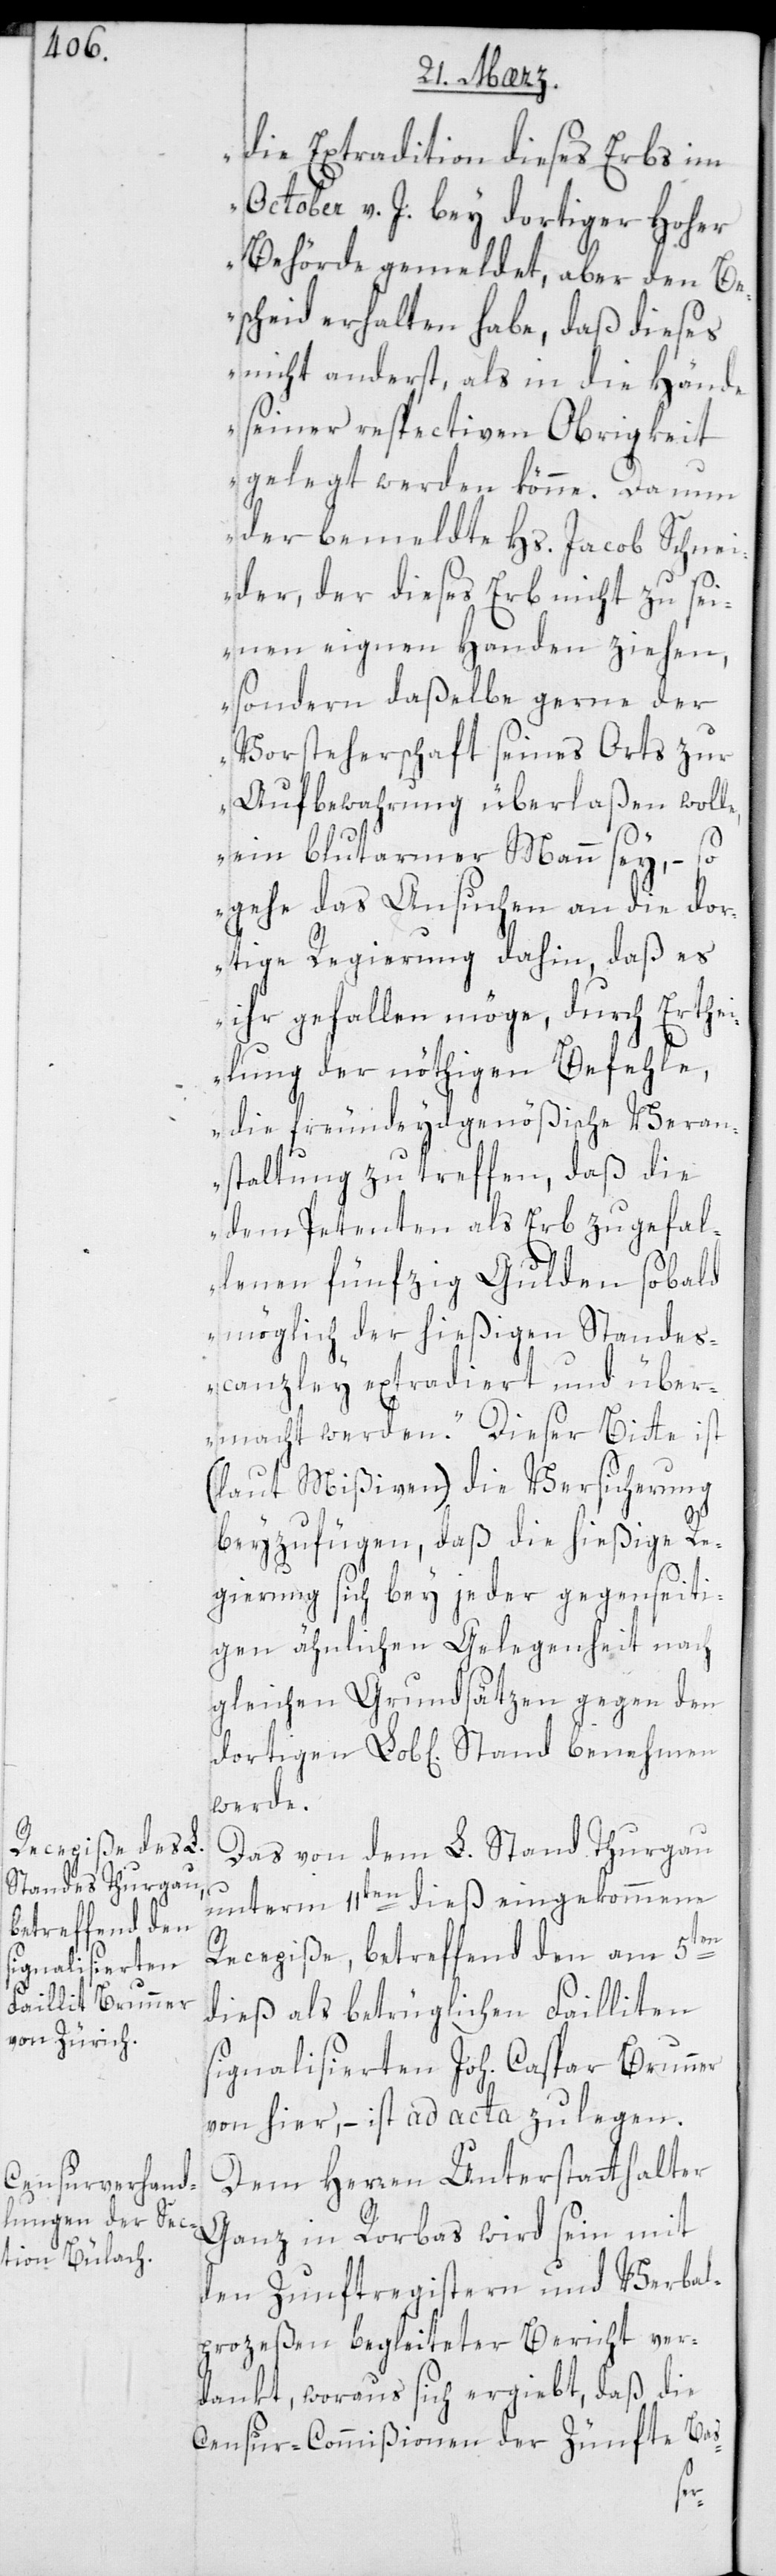
die Extradition dieses Erbs im
October v. J. bey dortiger hoher
Behörde gemeldet, aber den Be¬
scheid erhalten habe, daß dieses
nicht anderst, als in die Hände
seiner respectiven Obrigkeit
gelegt werden könne. Da nun
der bemeldte Hs. Jacob Schnei¬
der, der dieses Erb nicht zu sei¬
nen eigenen Handen ziehen,
sondern daßelbe gerne der
Vorsteherschaft seines Orts zur
Aufbewahrung überlaßen wolle,
ein blutarmer Mann sey, – so
gehe das Ansuchen an die dor¬
tige Regierung dahin, daß es
ihr gefallen möge, durch Erthei¬
lung der nöthigen Befehle,
die freundeydgenößische Veran¬
staltung zu treffen, daß die
dem Petenten als Erb zugefal¬
lenen 50 Gulden sobald
möglich der hießigen Standes¬
canzley extradiert und über¬
macht werden“. Dieser Bitte ist
(laut Mißiven) die Versicherung
beyzufügen, daß die hießige Re¬
gierung sich bey jeder gegenseiti¬
gen ähnlichen Gelegenheit nach
gleichen Grundsätzen gegen den
dortigen Lob[lichen] Stand benehmen
werde.
Das von dem L. Stand Thurgau
unterm 11ten dieß eingekommene
Recepiße, betreffend den am 5ten
dieß als betrüglichen Failliten
signalisierten Joh. Caspar Brunner
von hier, – ist ad acta zu legen.
Dem Herren Unterstatthalter
Ganz in Rorbas wird sein mit
den Zunftregistern und Verbal¬
prozeßen begleiteter Bericht ver¬
dankt, woraus sich ergiebt, daß die
Censur-Commißionen der Zünfte Ba¬
s-